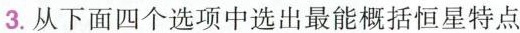
3.从下面四个选项中选出最能概括恒星特点